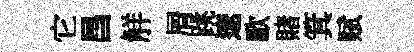
它昌觧屑跳遼歐賭箕赋